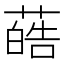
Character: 𫉢